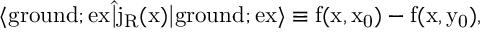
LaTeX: \langle \mathrm { g r o u n d } ; \mathrm { e x | \hat { j } _ { R } ( x ) | \mathrm { g r o u n d } ; \mathrm { e x \rangle \equiv f ( x , x _ { 0 } ) - f ( x , y _ { 0 } ) , } }